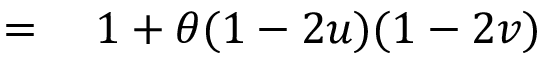
\begin{array} { r l } { = { } } & { { } 1 + \theta ( 1 - 2 u ) ( 1 - 2 v ) } \end{array}